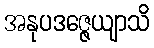
အနုပဒဇ္ဇေယျာသိ